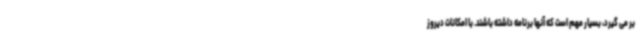
بر می گیرد، بسیار مهم است که آنها برنامه داشته باشند. با امکانات دیروز